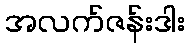
အလက်ဇန်းဒါး